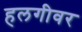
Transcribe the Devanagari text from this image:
हलगीवर